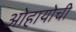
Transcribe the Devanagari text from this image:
ओहायोची